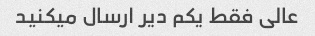
عالی فقط یکم دیر ارسال میکنید